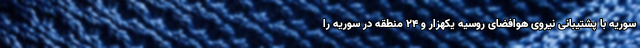
سوریه با پشتیبانی نیروی هوافضای روسیه یکهزار و ۲۴ منطقه در سوریه را